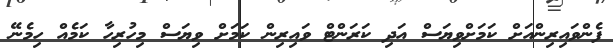
ފެންވައިރިންއަށް ކަމަށްވިޔަސް އަދި ކަރަންޓް ވައިރިން ކަމަށް ވިޔަސް މިހުރިހާ ކަމެއް ހިމެނޭ